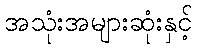
အသုံးအများဆုံးနှင့်